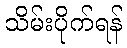
သိမ်းပိုက်ရန်